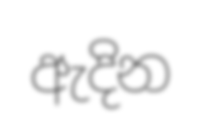
ඇදින